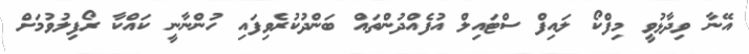
އޭނާ ވިދާޅުވީ މިފްކޯ ލައިފް ސްޓައިލް އުފެއްދުންތައް ބަންދުކުރެވިފައި ހުންނާނީ ކައްކާ ރޯފިލުވުމަށް